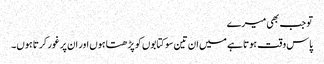
تو جب بھی میرے
پاس وقت ہوتا ہے میں ان تین سو کتابوں کو پڑھتا ہوں اور ان پر غور کرتا ہوں۔